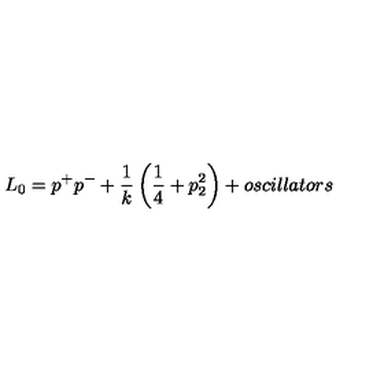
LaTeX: L _ { 0 } = p ^ { + } p ^ { - } + \frac { 1 } { k } \left( \frac { 1 } { 4 } + p _ { 2 } ^ { 2 } \right) + o s c i l l a t o r s